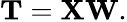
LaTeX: \mathbf{T}=\mathbf{X}\mathbf{W}.